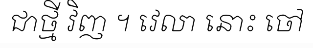
ជាថ្មី វិញ ។ វេលា នោះ ចៅ